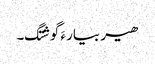
ھیر بیار ءَ گوشتگ۔